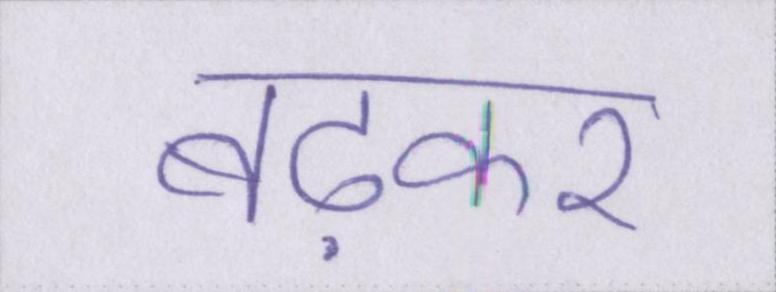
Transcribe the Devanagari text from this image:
बढ़कर